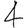
Digit: 4